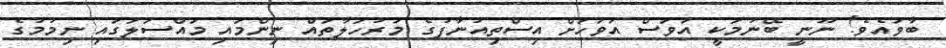
ބާވައެވެ! ނޫނީ ބޭނުމަކީ އަވަސް އަވަހަށް އިސްތިއުނާފުގެ މަރުހަލާތައް ނިންމައި މައްސަލަގައި ނިމުމުގެ